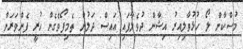
މުސްކާން ލޯ ހުޅުވާލިއިރު އިޝާން ދުވެލާފައި އައިސް ދަލުން ތެމިފޯވެގެން ހުރީ ފެންވަރަން